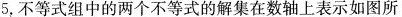
5，不等式组中的两个不等式的解集在数轴上表示如图所